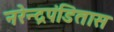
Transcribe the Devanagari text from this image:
नरेन्द्रपंडितास